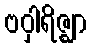
ဗဝှါရိဇ္ဈာ